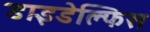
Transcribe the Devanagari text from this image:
डाइडेल्फिस